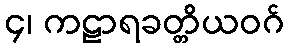
၄၊ ကဠာရခတ္တိယဝဂ်